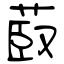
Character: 菣